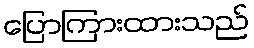
ပြောကြားထားသည်